画像に写った文字を読んでください
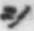
「シ」と書いてあります